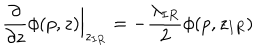
\frac { \partial } { \partial z } \phi ( p , z ) \Big | _ { z _ { I R } } = - \frac { \lambda _ { I R } } 2 \phi ( p , z _ { I R } )